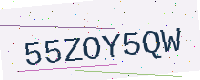
Text: 55ZOY5QW